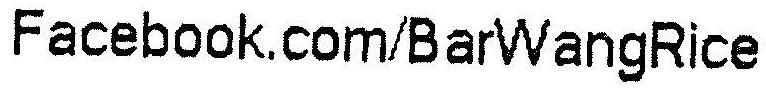
FACEBOOK.COM/BARWANGRICE